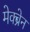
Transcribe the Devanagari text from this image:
मेक्ब्रेन